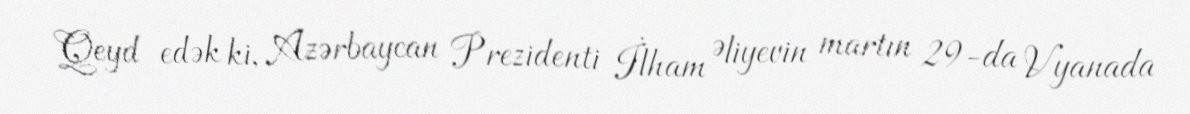
Qeyd edək ki, Azərbaycan Prezidenti İlham Əliyevin martın 29-da Vyanada